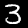
Label: 3